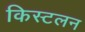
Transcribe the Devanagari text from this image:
किस्टलन